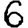
Digit: 6